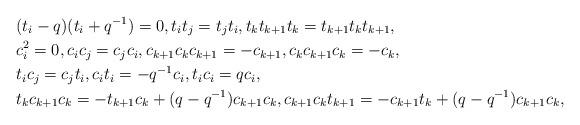
LaTeX: \begin{align*}&(t_i-q)(t_i+q^{-1})=0,t_it_j=t_jt_i,t_kt_{k+1}t_k=t_{k+1}t_kt_{k+1},\\&c_i^2=0,c_ic_j=c_jc_i,c_{k+1}c_{k}c_{k+1}=-c_{k+1}, c_{k}c_{k+1}c_{k}=-c_{k},\\&t_ic_j=c_jt_i,c_it_i=-q^{-1}c_i,t_ic_i=qc_i,\\&t_kc_{k+1}c_k=-t_{k+1}c_k+(q-q^{-1})c_{k+1} c_k, c_{k+1}c_{k}t_{k+1}=-c_{k+1}t_k+(q-q^{-1})c_{k+1} c_k,\end{align*}